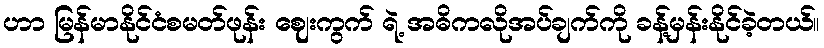
ဟာ မြန်မာနိုင်ငံစမတ်ဖုန်း ဈေးကွက် ရဲ့ အဓိကလိုအပ်ချက်ကို ခန့်မှန်းနိုင်ခဲ့တယ်။